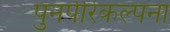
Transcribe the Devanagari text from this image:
पुनर्परिकल्पना